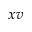
x v